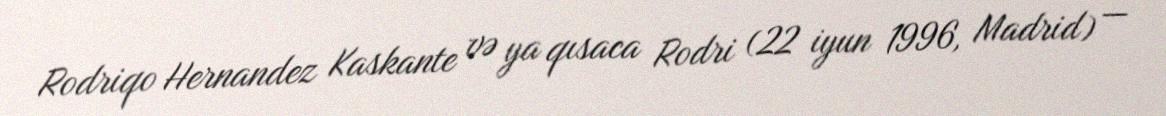
Rodriqo Hernandez Kaskante və ya qısaca Rodri (22 iyun 1996, Madrid) —